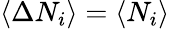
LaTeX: \left\langle\Delta N_{i}\right\rangle=\left\langle N_{i}\right\rangle